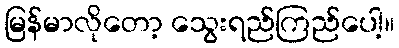
မြန်မာလိုတော့ သွေးရည်ကြည်ပေါ့။